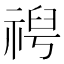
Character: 𫀕